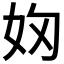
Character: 𭑯